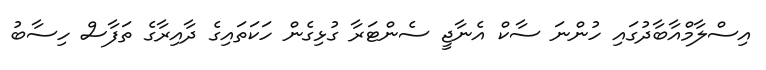
އިސްލާމްއާބާދުގައި ހުންނަ ސާކް އެނާޖީ ސެންޓަރާ ގުޅިގެން ހަކަތައިގެ ދާއިރާގެ ތަފާސް ހިސާބު